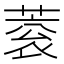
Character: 蓘